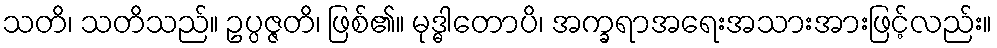
သတိ၊ သတိသည်။ ဥပ္ပဇ္ဇတိ၊ ဖြစ်၏။ မုဒ္ဓါတောပိ၊ အက္ခရာအရေးအသားအားဖြင့်လည်း။